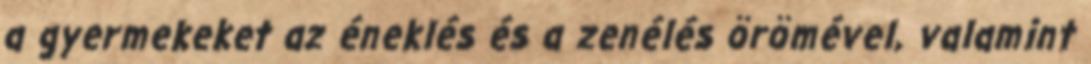
a gyermekeket az éneklés és a zenélés örömével, valamint